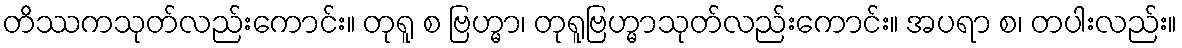
တိဿကသုတ်လည်းကောင်း။ တုရူ စ ဗြဟ္မာ၊ တုရူဗြဟ္မာသုတ်လည်းကောင်း။ အပရာ စ၊ တပါးလည်း။